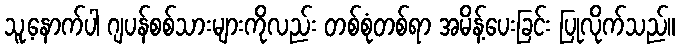
သူ့နောက်ပါ ဂျပန်စစ်သားများကိုလည်း တစ်စုံတစ်ရာ အမိန့်ပေးခြင်း ပြုလိုက်သည်။